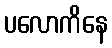
ပလောကိနေ